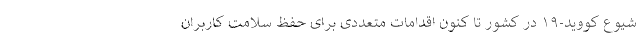
شیوع کووید-۱۹ در کشور تا کنون اقدامات متعددی برای حفظ سلامت کاربران